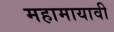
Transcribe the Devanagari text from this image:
महामायावी